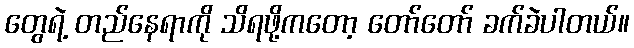
တွေရဲ့ တည်နေရာကို သိရဖို့ကတော့ တော်တော် ခက်ခဲပါတယ်။